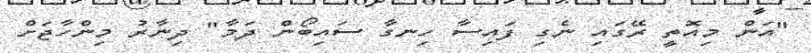
"އަން މިއޮތީ ރޭގައި ނެގި ފައިސާ ހިނގާ ސައިބޯން ދަމާ" ދިނާރު މިންހާޖަށް